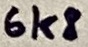
Text: 6k8